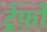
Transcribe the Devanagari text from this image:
ट्रेफो